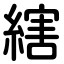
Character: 縖